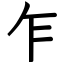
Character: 乍